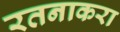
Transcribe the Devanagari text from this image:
रतनाकरा